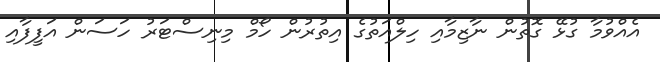
އެއްވުމާ ގުޅޭ ގޮތުން ނާޒިމާއި ހިލްއަތުގެ އިތުރުން ހޯމް މިނިސްޓަރު ހަސަން އަފީފާއި